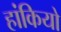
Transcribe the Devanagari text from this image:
हांकियो